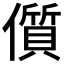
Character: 儨